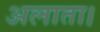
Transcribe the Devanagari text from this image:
अलाता।